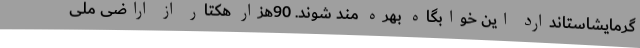
گرمایشاستاندارد این خوابگاه بهره مند شوند. 90هزار هکتار از اراضی ملی